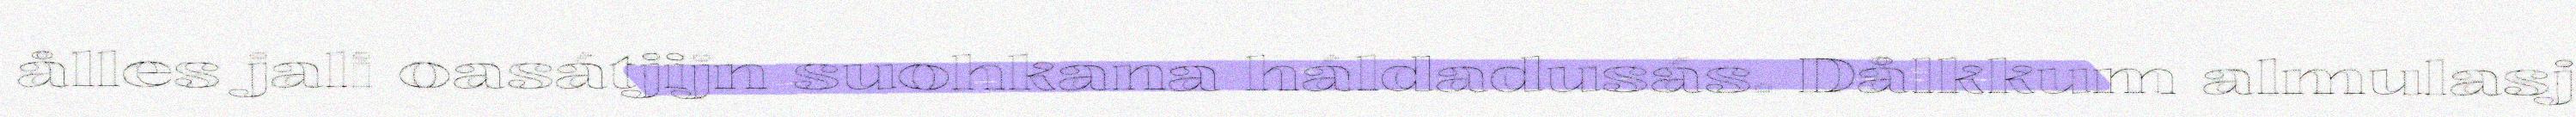
ålles jali oasátjijn suohkana háldadusás. Dålkkum almulasj